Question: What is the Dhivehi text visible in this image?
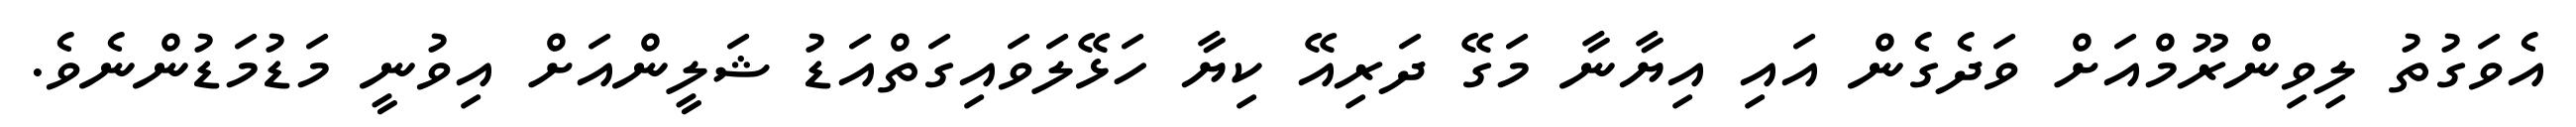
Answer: އެވަގުތު ލިވިންރޫމްއަށް ވަދެގެން އައި އިޔާނާ މަގޭ ދަރިއޭ ކިޔާ ހަޅޭލަވައިގަތްއަޑު ޝަލީންއަށް އިވުނީ މަޑުމަޑުންނެވެ.